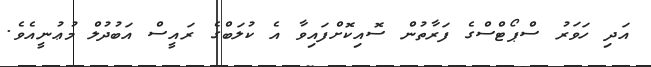
އަދި ހަވަރު ސްޕޯޓްސްގެ ފަރާތުން ސޮއިކޮށްފައިވާ އެ ކުލަބްގެ ރައީސް އަބުދުލް މުޢުނީއެވެ.